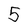
Character: 5